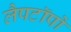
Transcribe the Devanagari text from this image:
लैपटॉपों